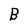
Character: B